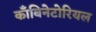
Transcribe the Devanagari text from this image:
काँबिनेटोरियल